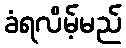
ခံရလိမ့်မည်